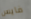
فايس